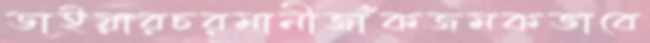
ডাইয়ারচরমানীজাঁকজমকভাবে